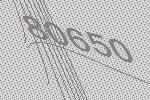
80650